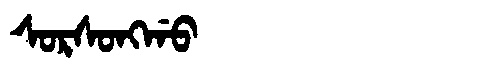
Manchu: ᠰᠣᡵᠰᠣᠩᡤᠣ
Romanization: SORSONGGO